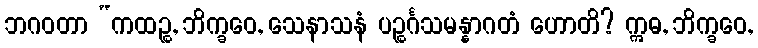
ဘဂဝတာ “ကထဉ္စ, ဘိက္ခဝေ, သေနာသနံ ပဉ္စင်္ဂသမန္နာဂတံ ဟောတိ? ဣဓ, ဘိက္ခဝေ,